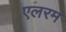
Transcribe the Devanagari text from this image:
एलरम